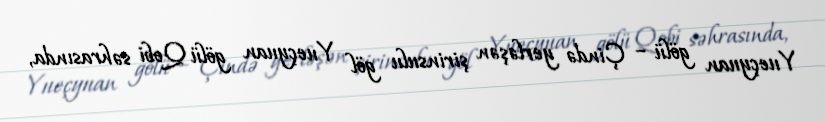
Yueçyuan gölü – Çində yerləşən şirinsulu göl Yueçyuan gölü Qobi səhrasında,